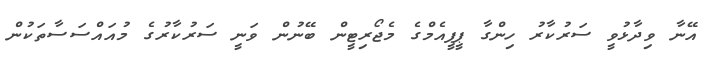
އޭނާ ވިދާޅުވީ ސަރުކާރު ހިންގާ ޕީޕީއެމްގެ މެޖޯރިޓީން ބޭނުން ވަނީ ސަރުކާރުގެ މުއައްސަސާތަކުން